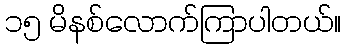
၁၅ မိနစ်လောက်ကြာပါတယ်။